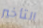
التأخير